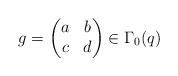
LaTeX: \begin{align*} g = \begin{pmatrix} a & b \\ c & d \end{pmatrix} \in \Gamma_0(q)\end{align*}